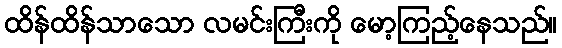
ထိန်ထိန်သာသော လမင်းကြီးကို မော့ကြည့်နေသည်။